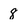
Character: 8